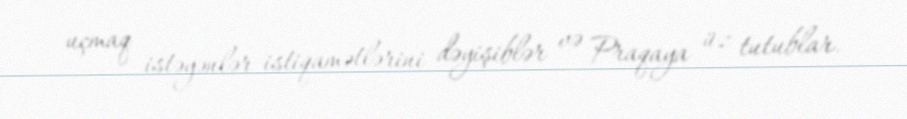
uçmaq istəyənlər istiqamətlərini dəyişiblər və Praqaya üz tutublar.